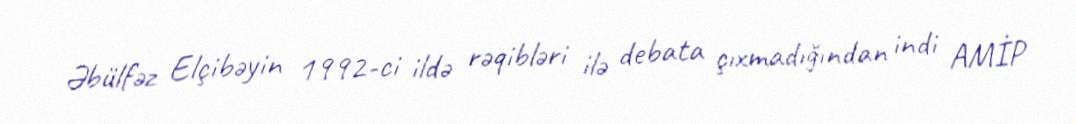
Əbülfəz Elçibəyin 1992-ci ildə rəqibləri ilə debata çıxmadığından indi AMİP